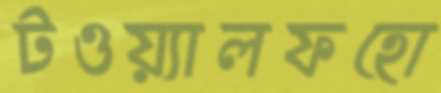
টওয়্যালফহো